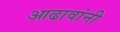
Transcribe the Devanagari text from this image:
आढावांनी